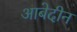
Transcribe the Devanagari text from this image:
आबेदीन